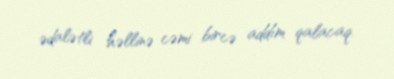
ədalətli həllinə cəmi bircə addım qalacaq.